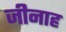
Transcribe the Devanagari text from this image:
जीनाह